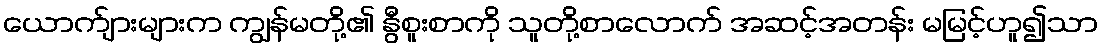
ယောက်ျားများက ကျွန်မတို့၏ နွီစူးစာကို သူတို့စာလောက် အဆင့်အတန်း မမြင့်ဟူ၍သာ